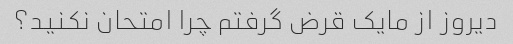
دیروز از مایک قرض گرفتم چرا امتحان نکنید؟